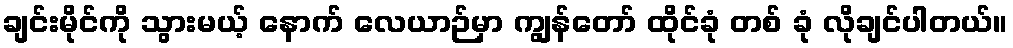
ချင်းမိုင်ကို သွားမယ့် နောက် လေယာဉ်မှာ ကျွန်တော် ထိုင်ခုံ တစ် ခုံ လိုချင်ပါတယ်။